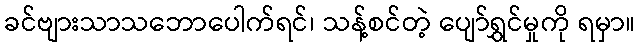
ခင်ဗျားသာသဘောပေါက်ရင်၊ သန့်စင်တဲ့ ပျော်ရွှင်မှုကို ရမှာ။